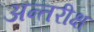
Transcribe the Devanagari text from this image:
अन्तरीक्ष